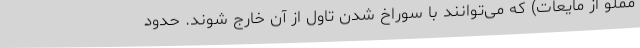
مملو از مایعات) که می‌توانند با سوراخ شدن تاول از آن خارج شوند. حدود